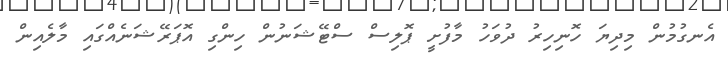
އެނގުމުން މިދިޔަ ހޮނިހިރު ދުވަހު މާފުށީ ޕޮލިސް ސްޓޭޝަނުން ހިންގި އޮޕަރޭޝަނެއްގައި މާލެއިން